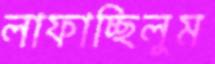
লাফাচ্ছিলুম